Scottish Leaving Certificate Examination, 1956
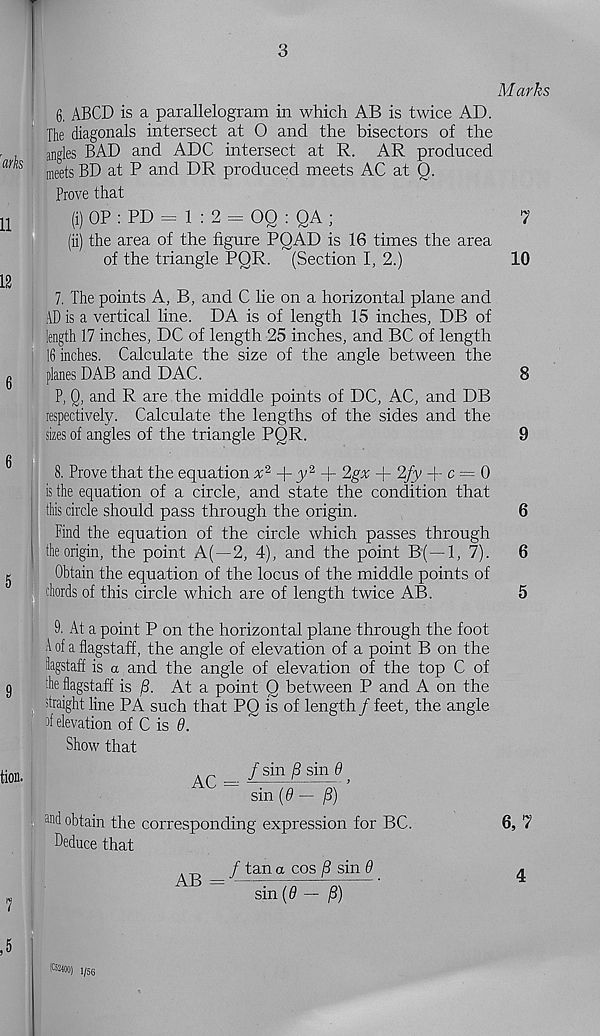
3
Marks
6. ABCD is a parallelogram in which AB is twice AD.
The diagonals intersect at O and the bisectors of the
angles BAD and ADC intersect at R. AR produced
meets BD at P and DR produced meets AC at Q.
Prove that
(i) OP : PD = 1 : 2 = OQ : QA ;
7
(ii) the area of the figure PQAD is 16 times the area
of the triangle PQR. (Section I, 2.)
10
7. The points A, B, and C lie on a horizontal plane and
AD is a vertical line. DA is of length 15 inches, DB of
length 17 inches, DC of length 25 inches, and BC of length
16 inches. Calculate the size of the angle between the
planes DAB and DAC.
8
P, Q, and R are the middle points of DC, AC, and DB
respectively. Calculate the lengths of the sides and the
sizes of angles of the triangle PQR.
9
8. Prove that the equation x 2
y 2 + 2gx + 2fy + c = 0
is the equation of a circle, and state the condition that
this circle should pass through the origin.
6
Find the equation of the circle which passes through
the origin, the point A( —2, 4), and the point B( —1, 7).
6
Obtain the equation of the locus of the middle points of
chords of this circle which are of length twice AB.
5
9. At a point P on the horizontal plane through the foot
1 of a flagstaff, the angle of elevation of a point B on the
hgstaff is a and the angle of elevation of the top C of
die flagstaff is /3. At a point Q between P and A on the
straight line PA such that PQ is of length / feet, the angle
of elevation of C is 9.
Show that
. ^
f sin B sin 6
A( —
}
sin {9 - p)
and obtain the corresponding expression for BC.
Deduce that
. ^
f tan a cos B sin 9
sin (9 - P)
6, 7
4
icaioo) i /56